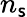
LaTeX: n_{\mathsf{s}}